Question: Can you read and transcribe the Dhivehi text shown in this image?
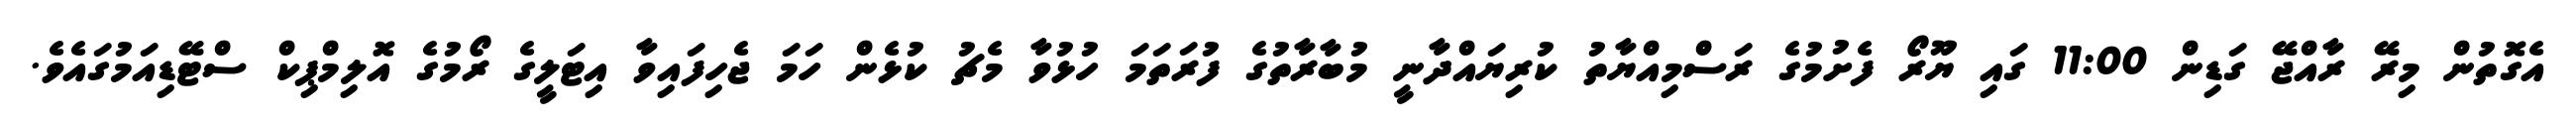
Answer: އެގޮތުން މިރޭ ރާއްޖޭ ގަޑިން 11:00 ގައި ޔޫރޯ ފެށުމުގެ ރަސްމިއްޔާތު ކުރިޔައްދާނީ މުބާރާތުގެ ފުރަތަމަ ހުޅުވާ މެޗު ކުޅެން ހަމަ ޖެހިފައިވާ އިޓަލީގެ ރޯމުގެ އޮލިމްޕިކް ސްޓޭޑިއަމުގައެވެ.